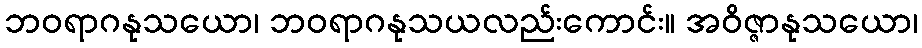
ဘဝရာဂနုသယော၊ ဘဝရာဂနုသယလည်းကောင်း။ အဝိဇ္ဇာနုသယော၊